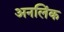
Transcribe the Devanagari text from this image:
अनलिंक